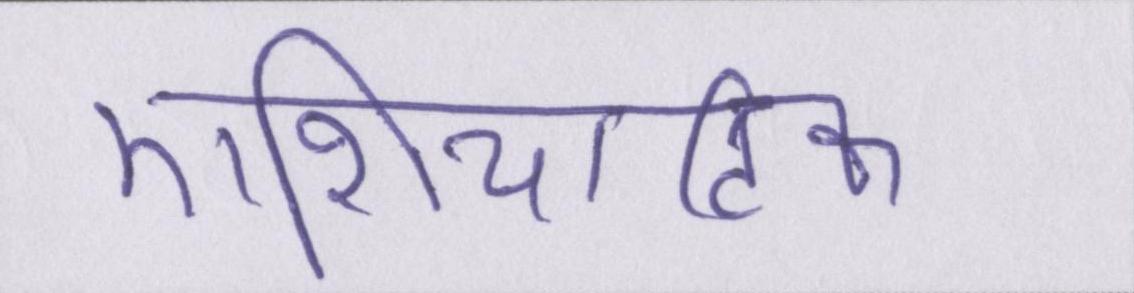
एशियाटिक